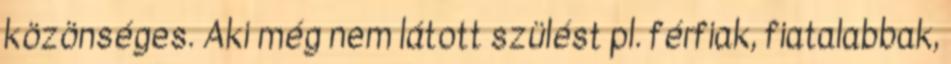
közönséges. Aki még nem látott szülést pl. férfiak, fiatalabbak,